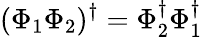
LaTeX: (\Phi_{1}\Phi_{2})^{\dagger}=\Phi_{2}^{\dagger}\Phi_{1}^{\dagger}